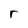
Character: r